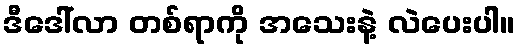
ဒီဒေါ်လာ တစ်ရာကို အသေးနဲ့ လဲပေးပါ။